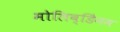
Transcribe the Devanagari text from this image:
मोलिब्डेिनम